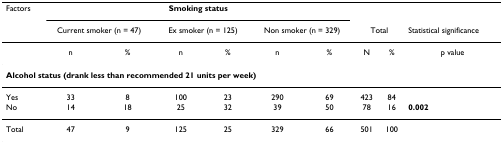
| Factors | <COLSPAN=6> Smoking status |  |  |  |
 |  | <COLSPAN=2> Current smoker (n = 47) | <COLSPAN=2> Ex smoker (n = 125) | <COLSPAN=2> Non smoker (n = 329) | <COLSPAN=2> Total | Statistical significance |
 | --- | --- | --- | --- | --- | --- | --- | --- | --- | --- |
 |  | n | % | n | % | n | % | N | % | p value |
 | <COLSPAN=10> Alcohol status (drank less than recommended 21 units per week) |
 | Yes | 33 | 8 | 100 | 23 | 290 | 69 | 423 | 84 |  |
 | No | 14 | 18 | 25 | 32 | 39 | 50 | 78 | 16 | 0.002 |
 | Total | 47 | 9 | 125 | 25 | 329 | 66 | 501 | 100 |  |